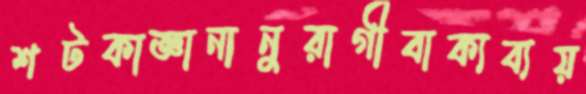
শটকাজ্ঞানানুরাগীবাক্যব্যয়